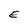
Character: E